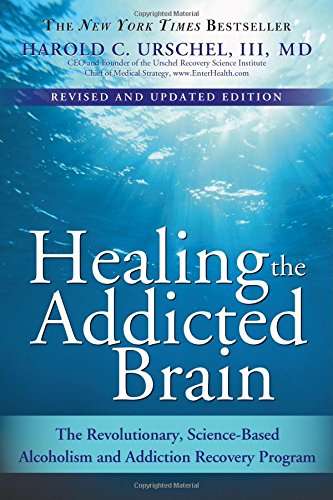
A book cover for Healing the Addicted Brain: The Revolutionary, Science-Based Alcoholism and Addiction Recovery Program; Harold Urschel; Health, Fitness & Dieting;